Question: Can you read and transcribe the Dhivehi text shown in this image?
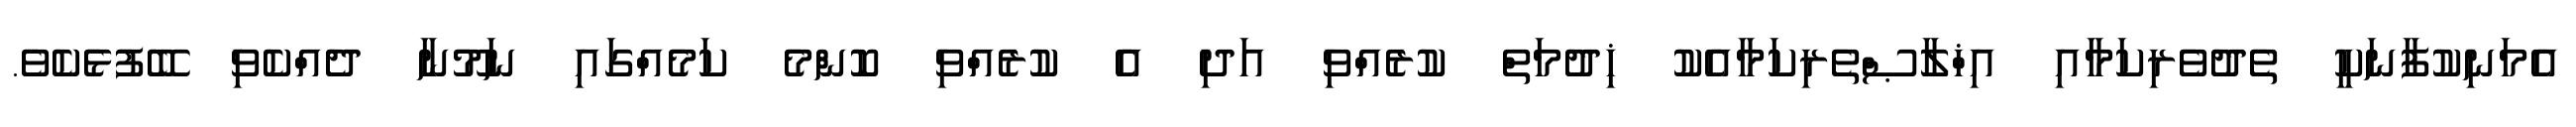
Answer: އެމަނިކުފާނަކީ ތެދުވެރިކަމާއި އިޚްލާޞްތެރިކަމާއެކު ޚިދުމަތް ކުރެއްވި އަދި އެ ކުރެއްވި ކޮންމެ ކަމެއްގައި ނަމޫނާ ދެއްކެވި ބޭފުޅެކެވެ.